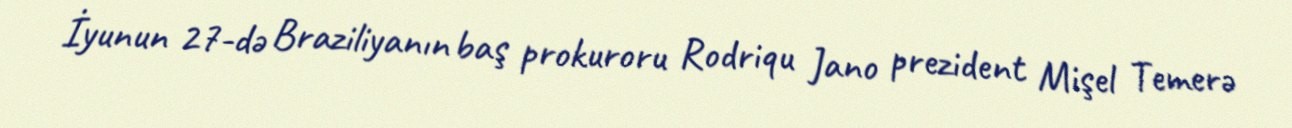
İyunun 27-də Braziliyanın baş prokuroru Rodriqu Jano prezident Mişel Temerə